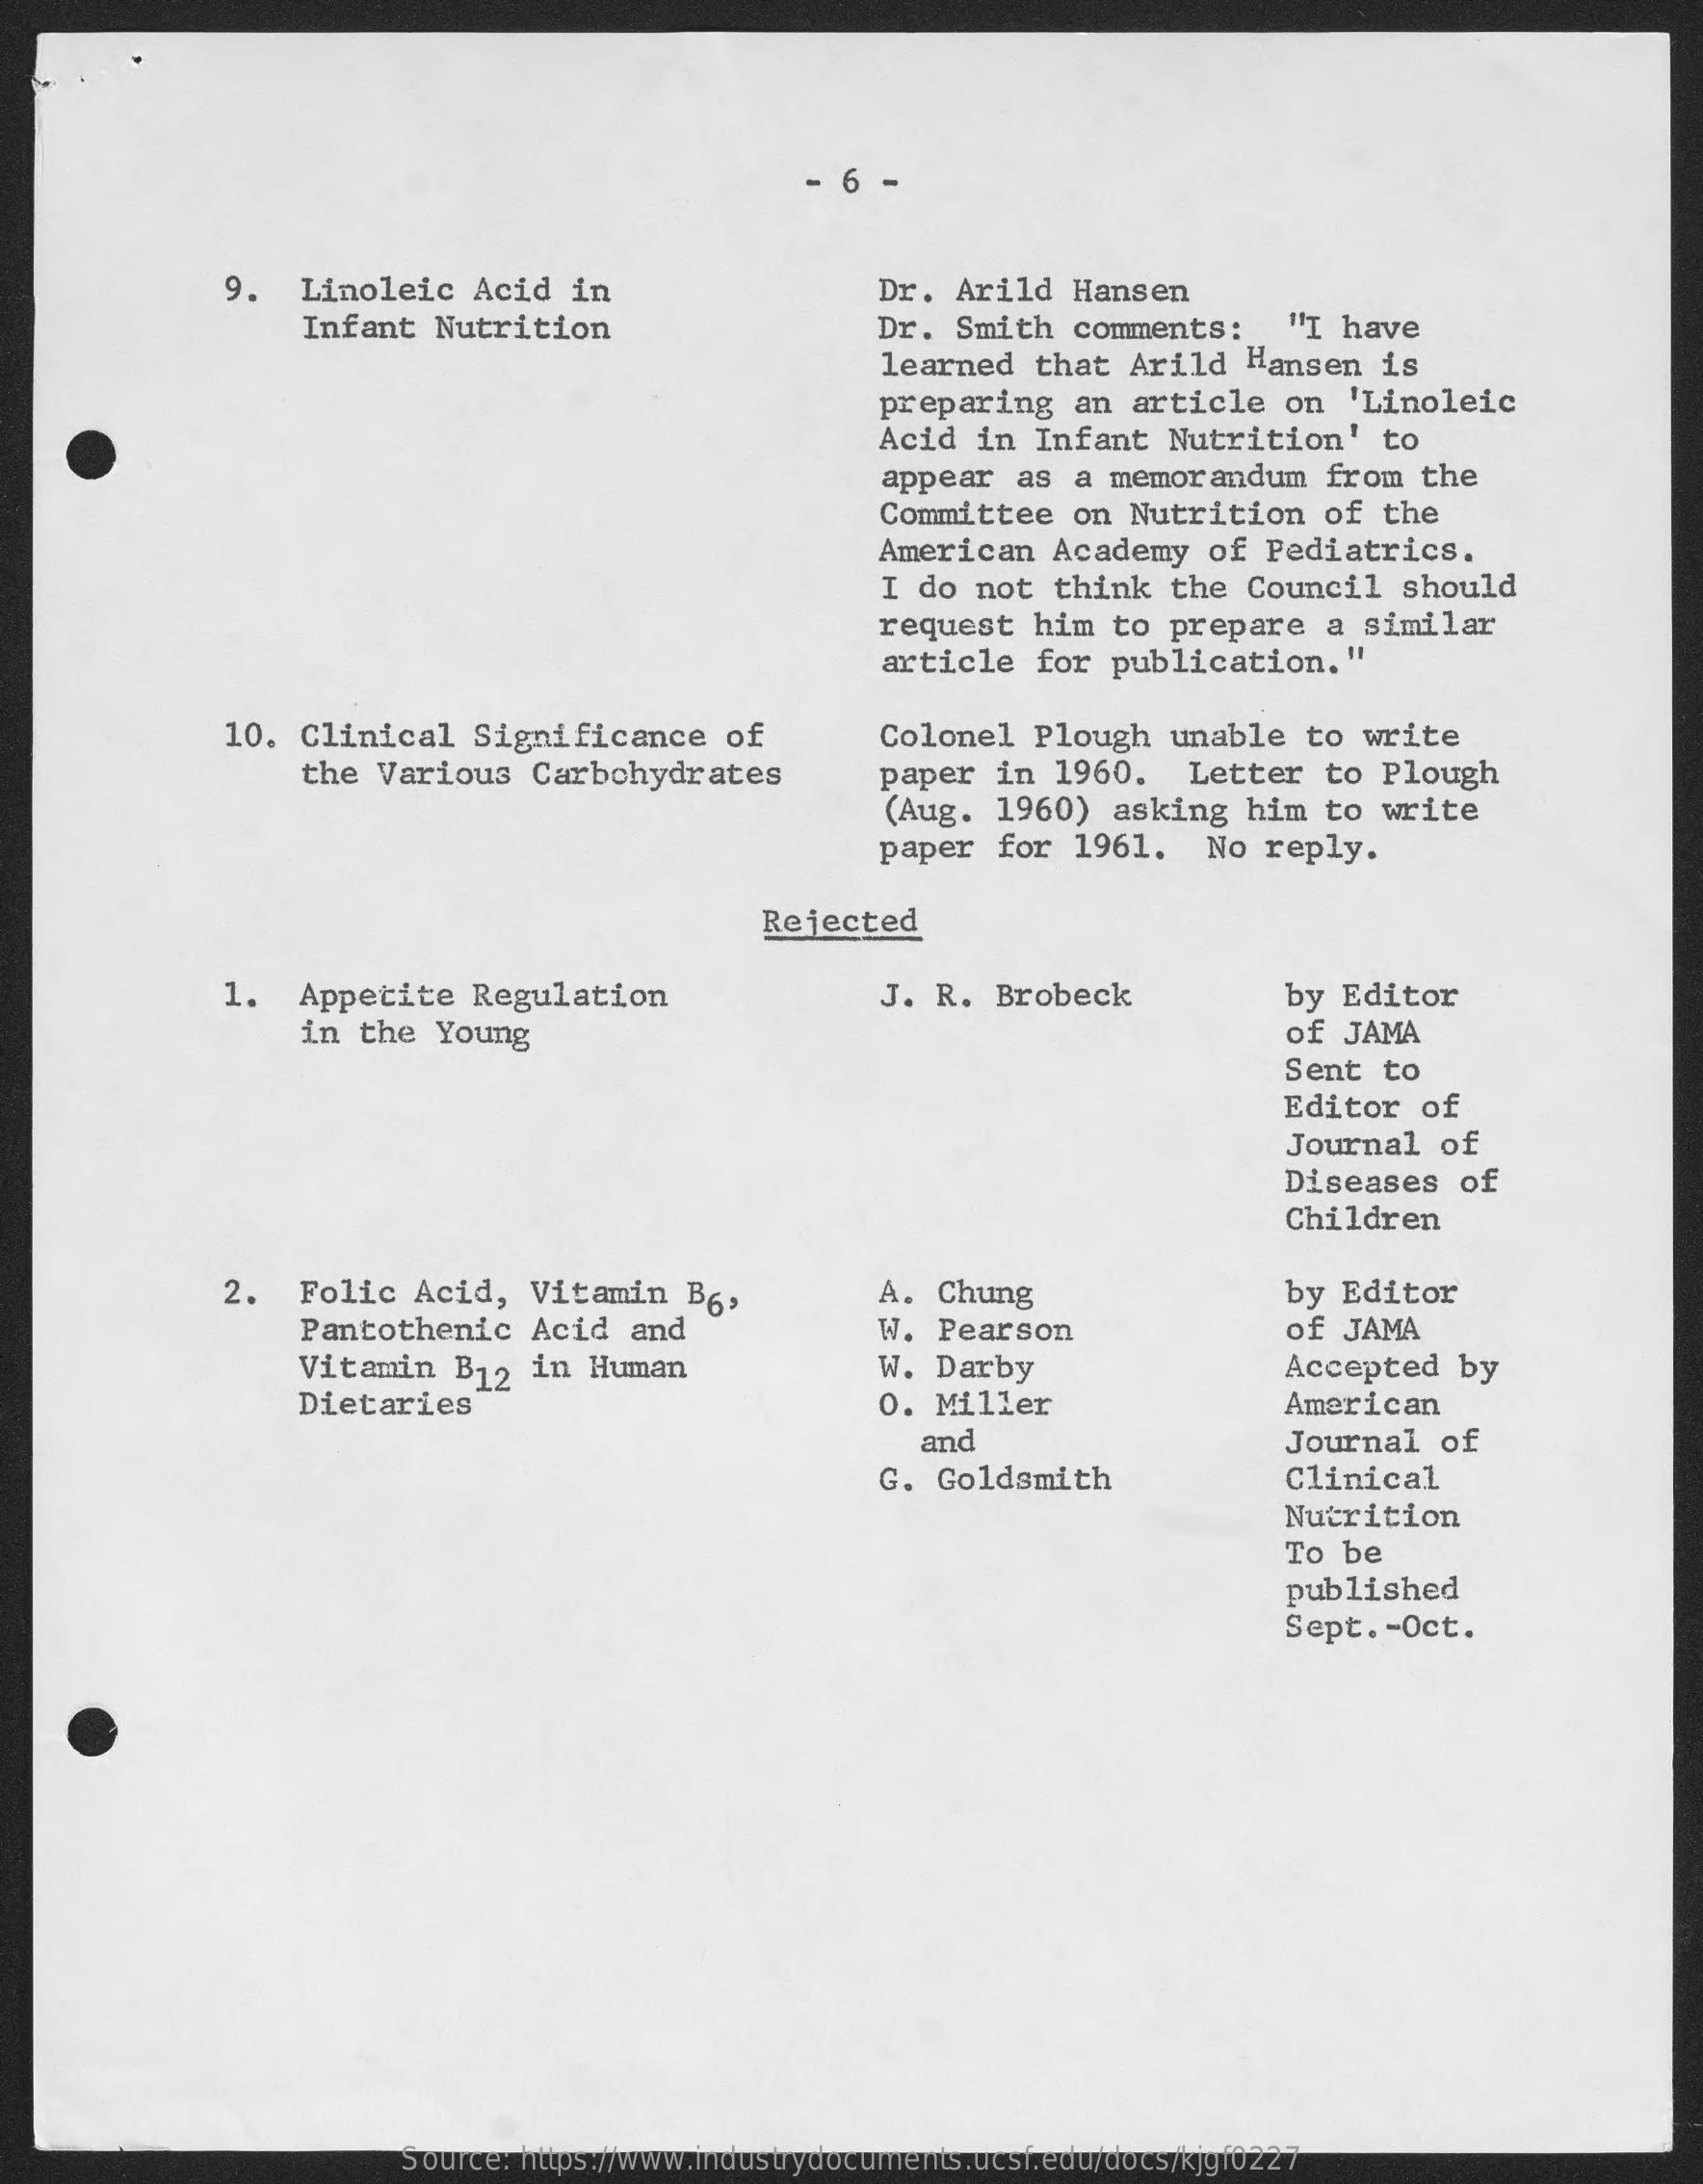
6  -
     9.  Linoleic    Acid  in    Dr. Arild   Hansen
     Infant  Nutrition    Dr. Smith   comments:    "I have
     learned   that  Arild   Hansen   is
     preparing    an article   on   'Linoleic
     Acid  in  Infant  Nutrition'    to
     appear   as  a memorandum    from  the
     Committee   on  Nutrition    of  the
     American   Academy   of  Pediatrics.
     I do  not  think   the  Council   should
     request   him  to  prepare   a similar
     article   for  publication.    "
     10. Clinical    Significance    of    Colonel   Plough   unable   to write
     the  Various   Carbohydrates    paper  in  1960.    Letter   to  Plough
     (Aug.  1960)   asking   him  to  write
     paper  for   1961.   No  reply.
     Rejected
     1.   Appetite   Regulation    J. R.  Brobeck    by  Editor
     in the   Young    of JAMA
     Sent  to
     Editor   of
     Journal   of
     Diseases   of
     Children
     2.  Folic   Acid,   Vitamin   B6,    A. Chung
     W. Pearson
     by Editor
     Pantothenic    Acid   and    of JAMA
     Vitamin   B12  in Human    W. Darby
     Dietaries    0. Miller
     Accepted   by
     American
     and    Journal   of
     G. Goldsmith    Clinical
     Nutrition
     To be
     published
     Sept .- Oct.
     Source: https://www.industrydocuments.ucsf.edu/docs/kjgf0227